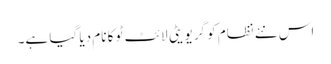
اس نئے نظام کو گریویٹی لائٹ ٹو کا نام دیا گیا ہے۔